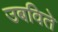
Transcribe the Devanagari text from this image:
उबविते